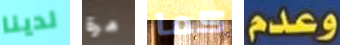
لدينا مرة كما وعدم